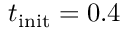
t _ { \mathrm { i n i t } } = 0 . 4